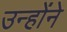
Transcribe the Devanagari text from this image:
उन्होंंने